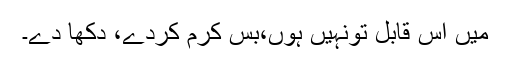
میں اس قابل تونہیں ہوں،بس کرم کردے، دکھا دے۔